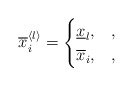
\begin{align*}\overline{x}^{\langle l\rangle}_i=\begin{cases}\underline{x}_l, &,\\\overline{x}_i, &,\end{cases}\end{align*}